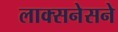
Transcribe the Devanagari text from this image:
लाक्सनेसने